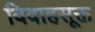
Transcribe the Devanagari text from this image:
विवाहसूक्त